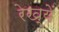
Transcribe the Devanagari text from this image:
रेख्यें